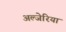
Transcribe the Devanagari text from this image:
अल्जेरिया